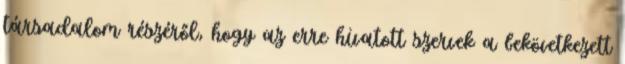
társadalom részéről, hogy az erre hivatott szervek a bekövetkezett